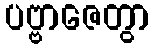
ပဗ္ဗာဇေတွာ